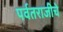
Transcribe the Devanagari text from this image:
पर्वतराजीचे